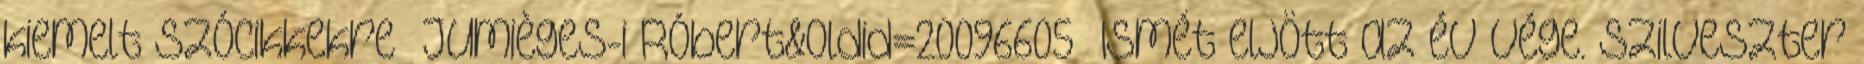
kiemelt szócikkekre Jumièges-i Róbert&oldid=20096605” Ismét eljött az év vége. Szilveszter